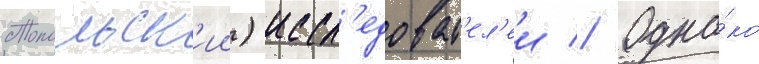
Топольск'ии) иссл'едоват'ел'еи // Одна́ко